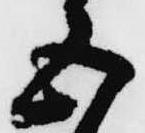
五